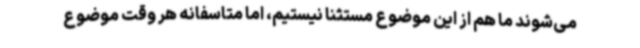
می‌شوند ما هم از این موضوع مستثنا نیستیم، اما متاسفانه هر وقت موضوع